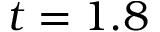
t = 1 . 8